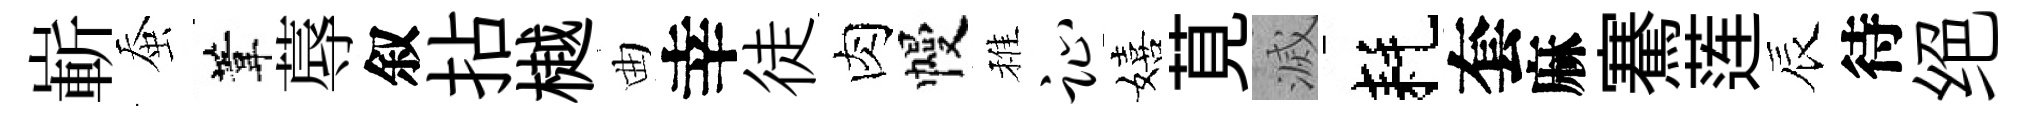
嶄蚕葦蓐叙拈樾曲幸徒肉幔稚趾嬉莧滅耗套麻騫莲辰待绝